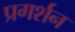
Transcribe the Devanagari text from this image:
प्रगर्शन